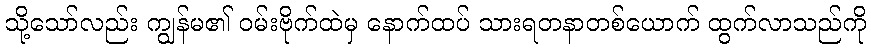
သို့သော်လည်း ကျွန်မ၏ ဝမ်းဗိုက်ထဲမှ နောက်ထပ် သားရတနာတစ်ယောက် ထွက်လာသည်ကို